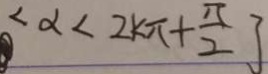
< \alpha < 2 k \pi + \frac { \pi } { 2 } ]